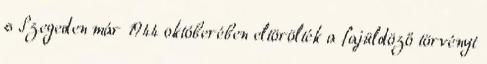
s Szegeden már 1944 októberében eltörölték a fajüldöző törvényt